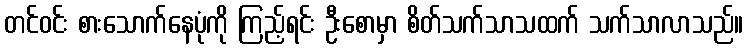
တင်ဝင်း စားသောက်နေပုံကို ကြည့်ရင်း ဦးစောမှာ စိတ်သက်သာသထက် သက်သာလာသည်။